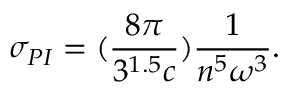
\sigma _ { P I } = ( \frac { 8 \pi } { 3 ^ { 1 . 5 } c } ) \frac { 1 } { n ^ { 5 } \omega ^ { 3 } } .